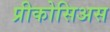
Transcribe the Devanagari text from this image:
प्रीकोसिअस